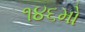
૧૪૬મો